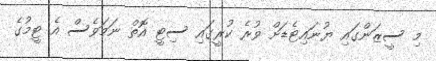
މި ސީޒަންގައި ޔުނައިޓެޑަށް ވުރެ ކުރީގައި ސިޓީ އޮތް ނަމަވެސް އެ ޓީމުގެ